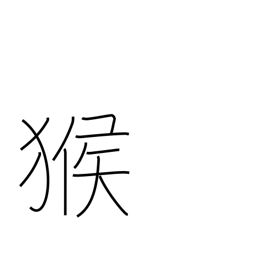
Meaning: monkey